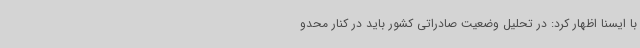
با ایسنا اظهار کرد: در تحلیل وضعیت صادراتی کشور باید در کنار محدو